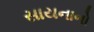
સાયનાનો